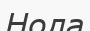
Нола